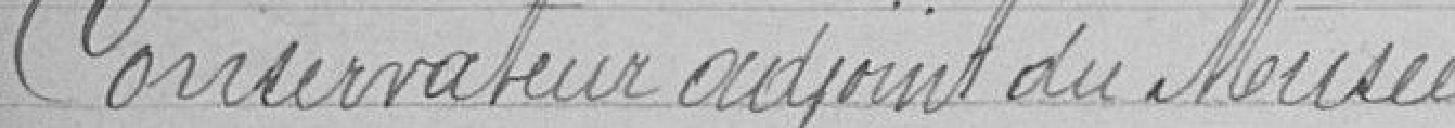
Conservateur adjoint du Musée